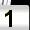
Digit: 1